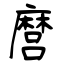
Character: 麿